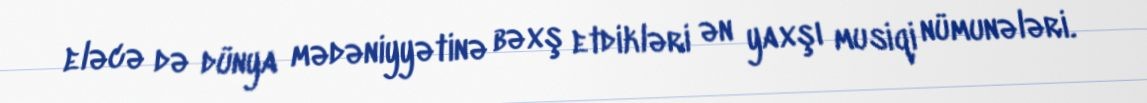
eləcə də dünya mədəniyyətinə bəxş etdikləri ən yaxşı musiqi nümunələri.